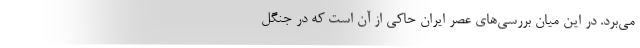
می‌برد. در این میان بررسی‌های عصر ایران حاکی از آن است که در جنگل